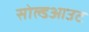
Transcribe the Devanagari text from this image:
सोल्डआउट